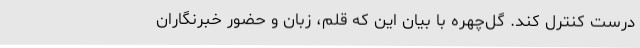
درست کنترل کند. گل‌چهره با بیان این که قلم، زبان و حضور خبرنگاران